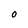
Character: O